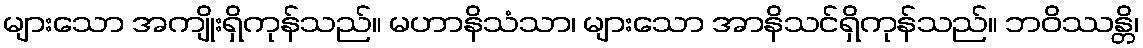
များသော အကျိုးရှိကုန်သည်။ မဟာနိသံသာ၊ များသော အာနိသင်ရှိကုန်သည်။ ဘဝိဿန္တိ၊